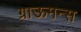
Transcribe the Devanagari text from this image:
ग्राऊमन्स